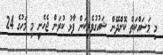
މި މަސައްކަތް ކޮށްދޭން ޝައުގުވެރިކަން ފާޅު ކުރަން ޖެހެނީ މި މަހުގެ 24